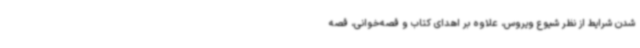
شدن شرایط از نظر شیوع ویروس، علاوه بر اهدای کتاب و قصه‌خوانی، قصه